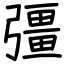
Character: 彊